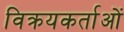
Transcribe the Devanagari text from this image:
विक्रयकर्ताओं